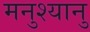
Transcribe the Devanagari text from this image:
मनुश्यानु